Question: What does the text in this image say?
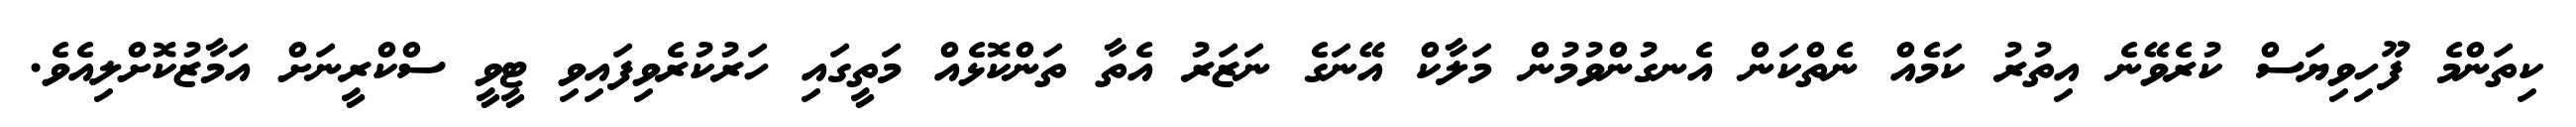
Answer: ކިތަންމެ ފޫހިވިޔަސް ކުރެވޭނެ އިތުރު ކަމެއް ނެތްކަން އެނގުންވުމުން މަލާކް އޭނަގެ ނަޒަރު އެތާ ތަންކޮޅެއް މަތީގައި ހަރުކުރެވިފައިވި ޓީވީ ސްކްރީނަށް އަމާޒުކޮށްލިއެވެ.